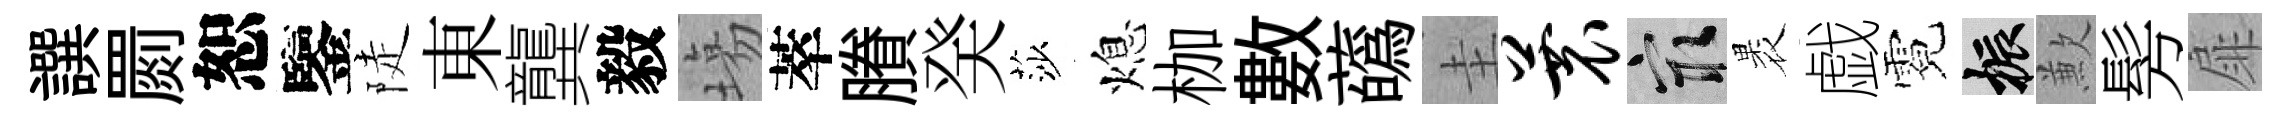
譔罽恕鑒陡東龔毅塲萃賸癸莎熄枷數蘤圭蓑冣褁戯霓振歉髣扉